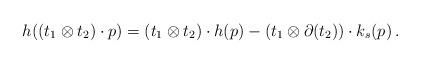
LaTeX: \begin{align*} h((t_1 \otimes t_2) \cdot p) = (t_1 \otimes t_2) \cdot h(p) - (t_1 \otimes \partial(t_2)) \cdot k_s(p)\,. \end{align*}